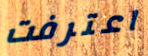
اعترفت